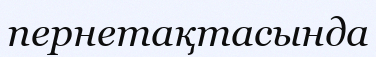
пернетақтасында